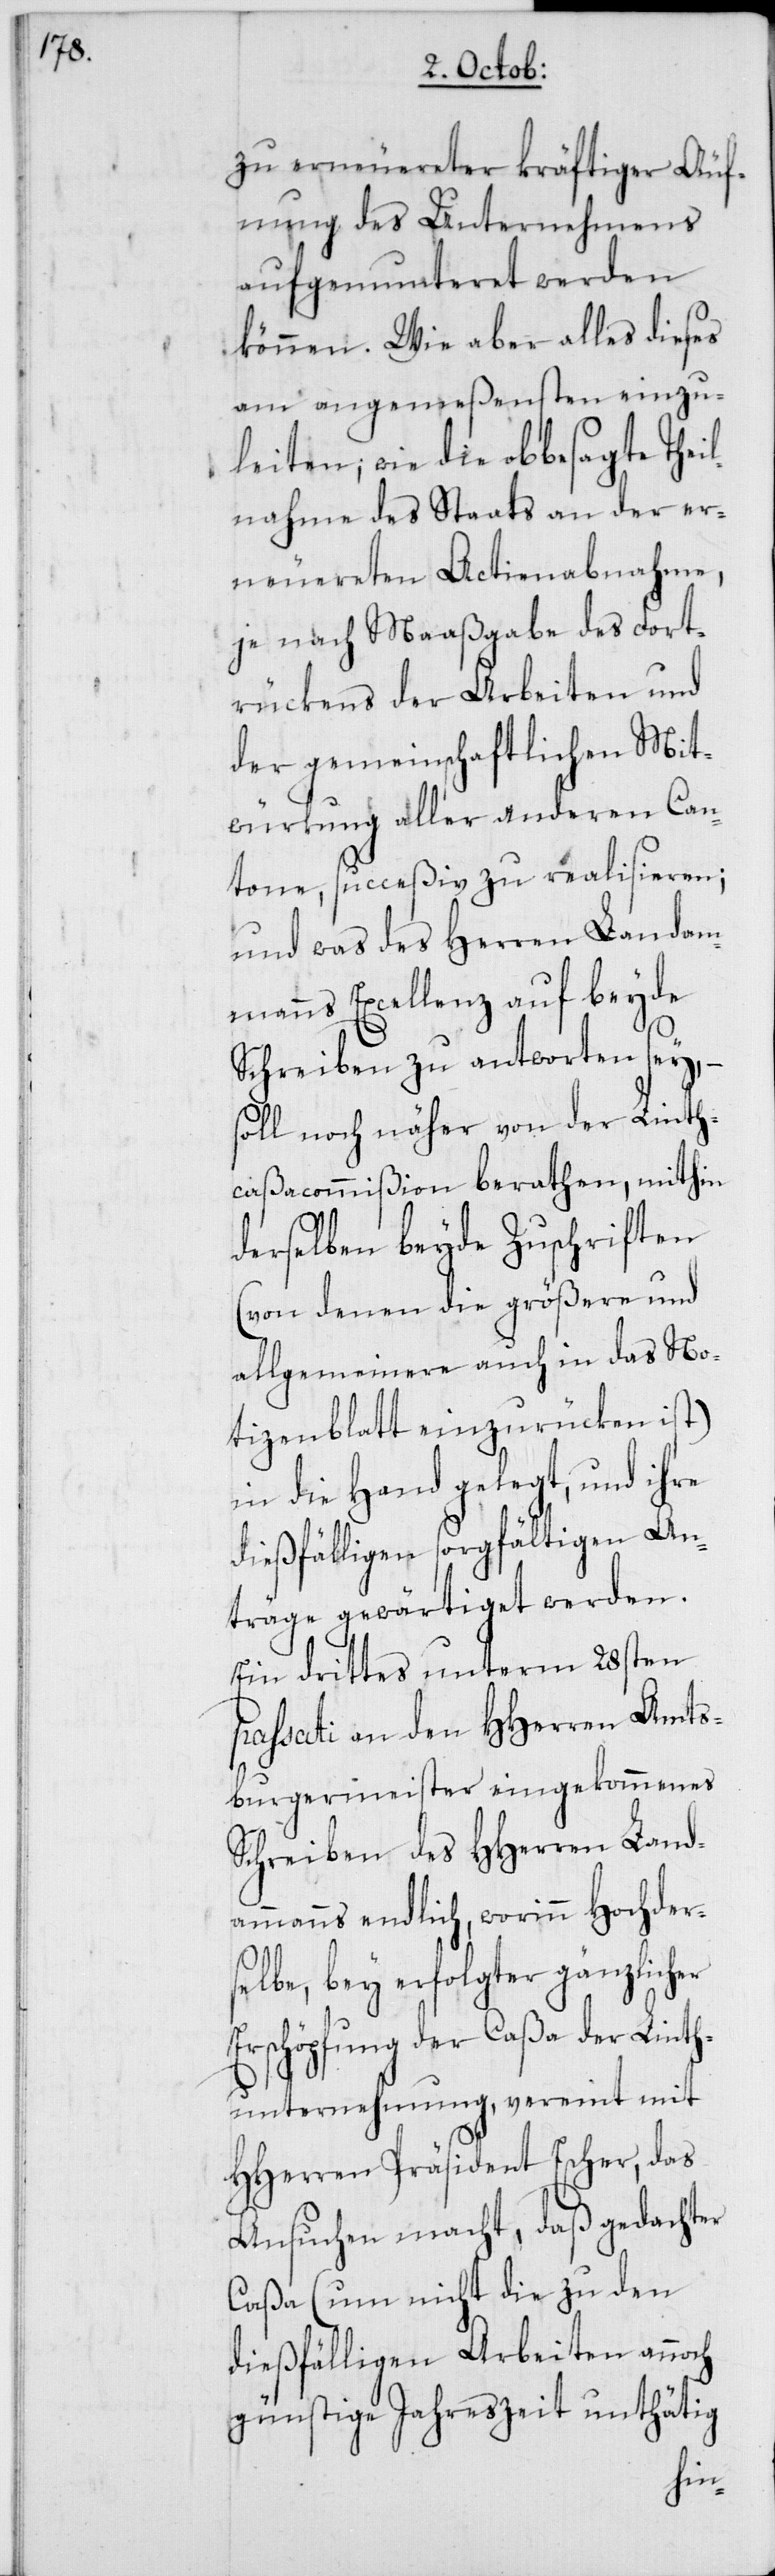
zu erneuereter kräftiger Äuf¬
nung des Unternehmens
aufgemunteret werden
können. Wie aber alles dieses
am angemeßensten einzu¬
leiten; wie die obgesagte Thei¬
lnahme des Staats an der er¬
neuereten Actienabnahme,
je nach Maaßgabe des Fort¬
rückens der Arbeiten und
der gemeinschaftlichen Mit¬
würkung aller anderen Can¬
tone, succeßiv zu realisieren;
und was des Herren Landam¬
manns Excellenz auf beyde
Schreiben zu antworten sey, –
soll noch näher von der Linth¬
caßacommißion berathen, mithin
derselben beyde Zuschriften
(von denen die größere und
allgemeinere auch in das No¬
tizenblatt einzurücken ist)
in die Hand gelegt, und ihre
dießfälligen sorgfältigen An¬
träge gewärtiget werden.
Ein drittes unterm 28sten
passati an den HHerren Amts¬
burgermeister eingekommenes
Schreiben des HHerren Land¬
ammanns endlich, worinn Hochder¬
selbe, bey erfolgter gänzlicher
Erschöpfung der Caßa der Linth¬
unternehmung, vereint mit
HHerren Präsident Escher, das
Ansuchen macht, daß gedachter
Caßa (um nicht die zu den
dießfälligen Arbeiten annoch
günstige Jahreszeit unthätig